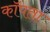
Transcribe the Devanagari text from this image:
कॉपता